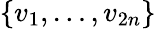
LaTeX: \{ v_{1},\ldots,v_{2n}\}